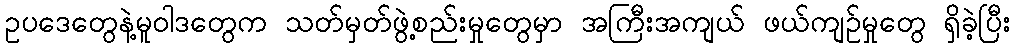
ဥပဒေတွေနဲ့မူဝါဒတွေက သတ်မှတ်ဖွဲ့စည်းမှုတွေမှာ အကြီးအကျယ် ဖယ်ကျဉ်မှုတွေ ရှိခဲ့ပြီး